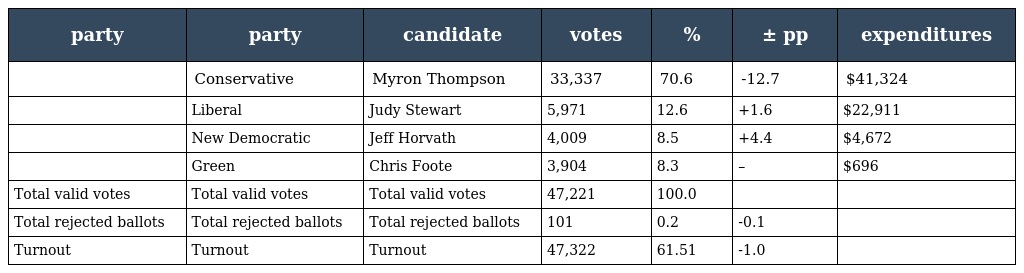
| party | party | candidate | votes | % | ± pp | expenditures |
 | --- | --- | --- | --- | --- | --- | --- |
 |  | Conservative | Myron Thompson | 33,337 | 70.6 | -12.7 | $41,324 |
 |  | Liberal | Judy Stewart | 5,971 | 12.6 | +1.6 | $22,911 |
 |  | New Democratic | Jeff Horvath | 4,009 | 8.5 | +4.4 | $4,672 |
 |  | Green | Chris Foote | 3,904 | 8.3 | – | $696 |
 | Total valid votes | Total valid votes | Total valid votes | 47,221 | 100.0 |  |  |
 | Total rejected ballots | Total rejected ballots | Total rejected ballots | 101 | 0.2 | -0.1 |  |
 | Turnout | Turnout | Turnout | 47,322 | 61.51 | -1.0 |  |